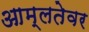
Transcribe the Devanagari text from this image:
आम्लतेवर